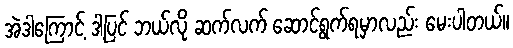
အဲဒါကြောင့် ဒါ့ပြင် ဘယ်လို ဆက်လက် ဆောင်ရွက်ရမှာလည်း မေးပါတယ်။